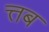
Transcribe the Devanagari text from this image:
त्तब